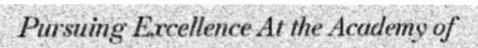
Pursuing Excellence At the Academy of